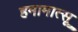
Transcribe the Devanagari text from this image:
हमामात्सू